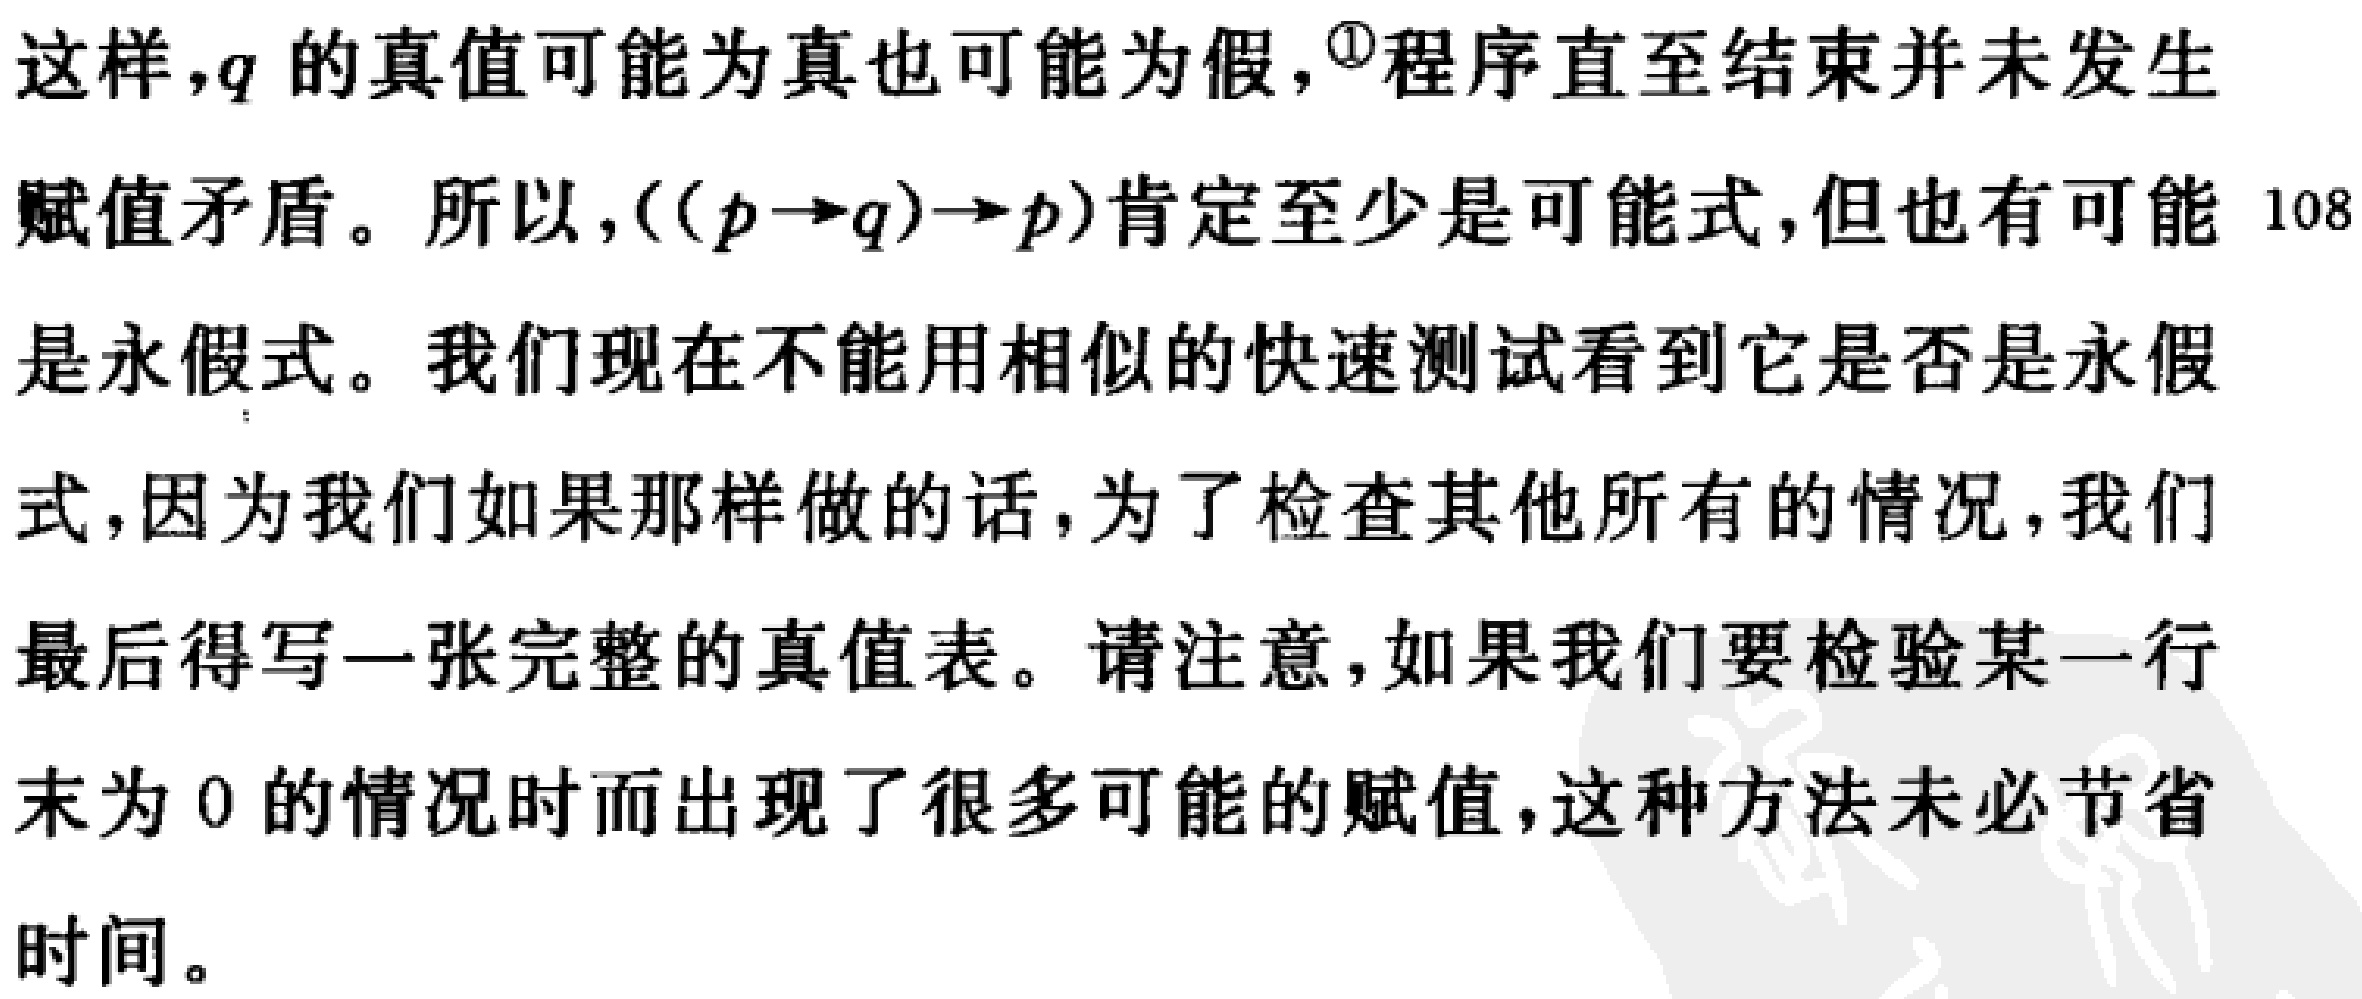
这样，$q$ 的真值可能为真也可能为假，\textcircled{1}程序直至结束并未发生赋值矛盾。所以，$((p\rightarrow q)\rightarrow p)$肯定至少是可能式，但也有可能 108是永假式。我们现在不能用相似的快速测试看到它是否是永假式，因为我们如果那样做的话，为了检查其他所有的情况，我们最后得写一张完整的真值表。请注意，如果我们要检验某一行末为 0 的情况时而出现了很多可能的赋值，这种方法未必节省时间。